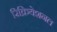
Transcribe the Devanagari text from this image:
रिक्रियेशनल